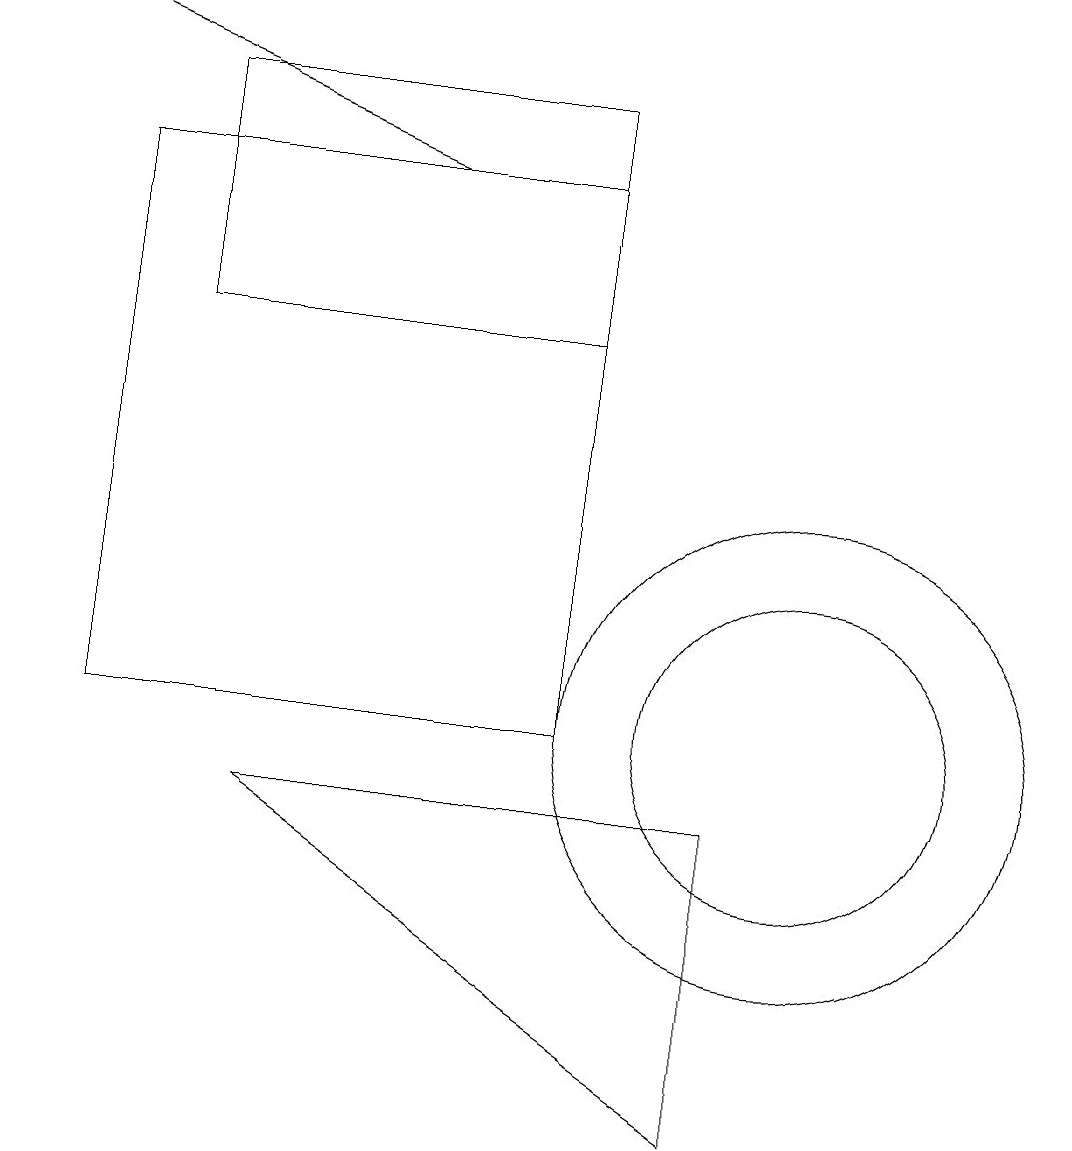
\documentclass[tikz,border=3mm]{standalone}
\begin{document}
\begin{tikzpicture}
\draw (10,10) circle (3);
\draw (3,9) -- (9,9) -- (9,5) -- cycle;
\draw (10,10) circle (2);
\draw[->] (5,17) -- (0,19);
\draw (7,17) rectangle (1,10);
\draw (7,18) rectangle (2,15);
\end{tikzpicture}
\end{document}